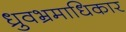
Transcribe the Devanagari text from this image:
ध्रुवभ्रमाधिकार